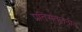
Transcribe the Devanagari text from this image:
प्रतिसंतुलनीय